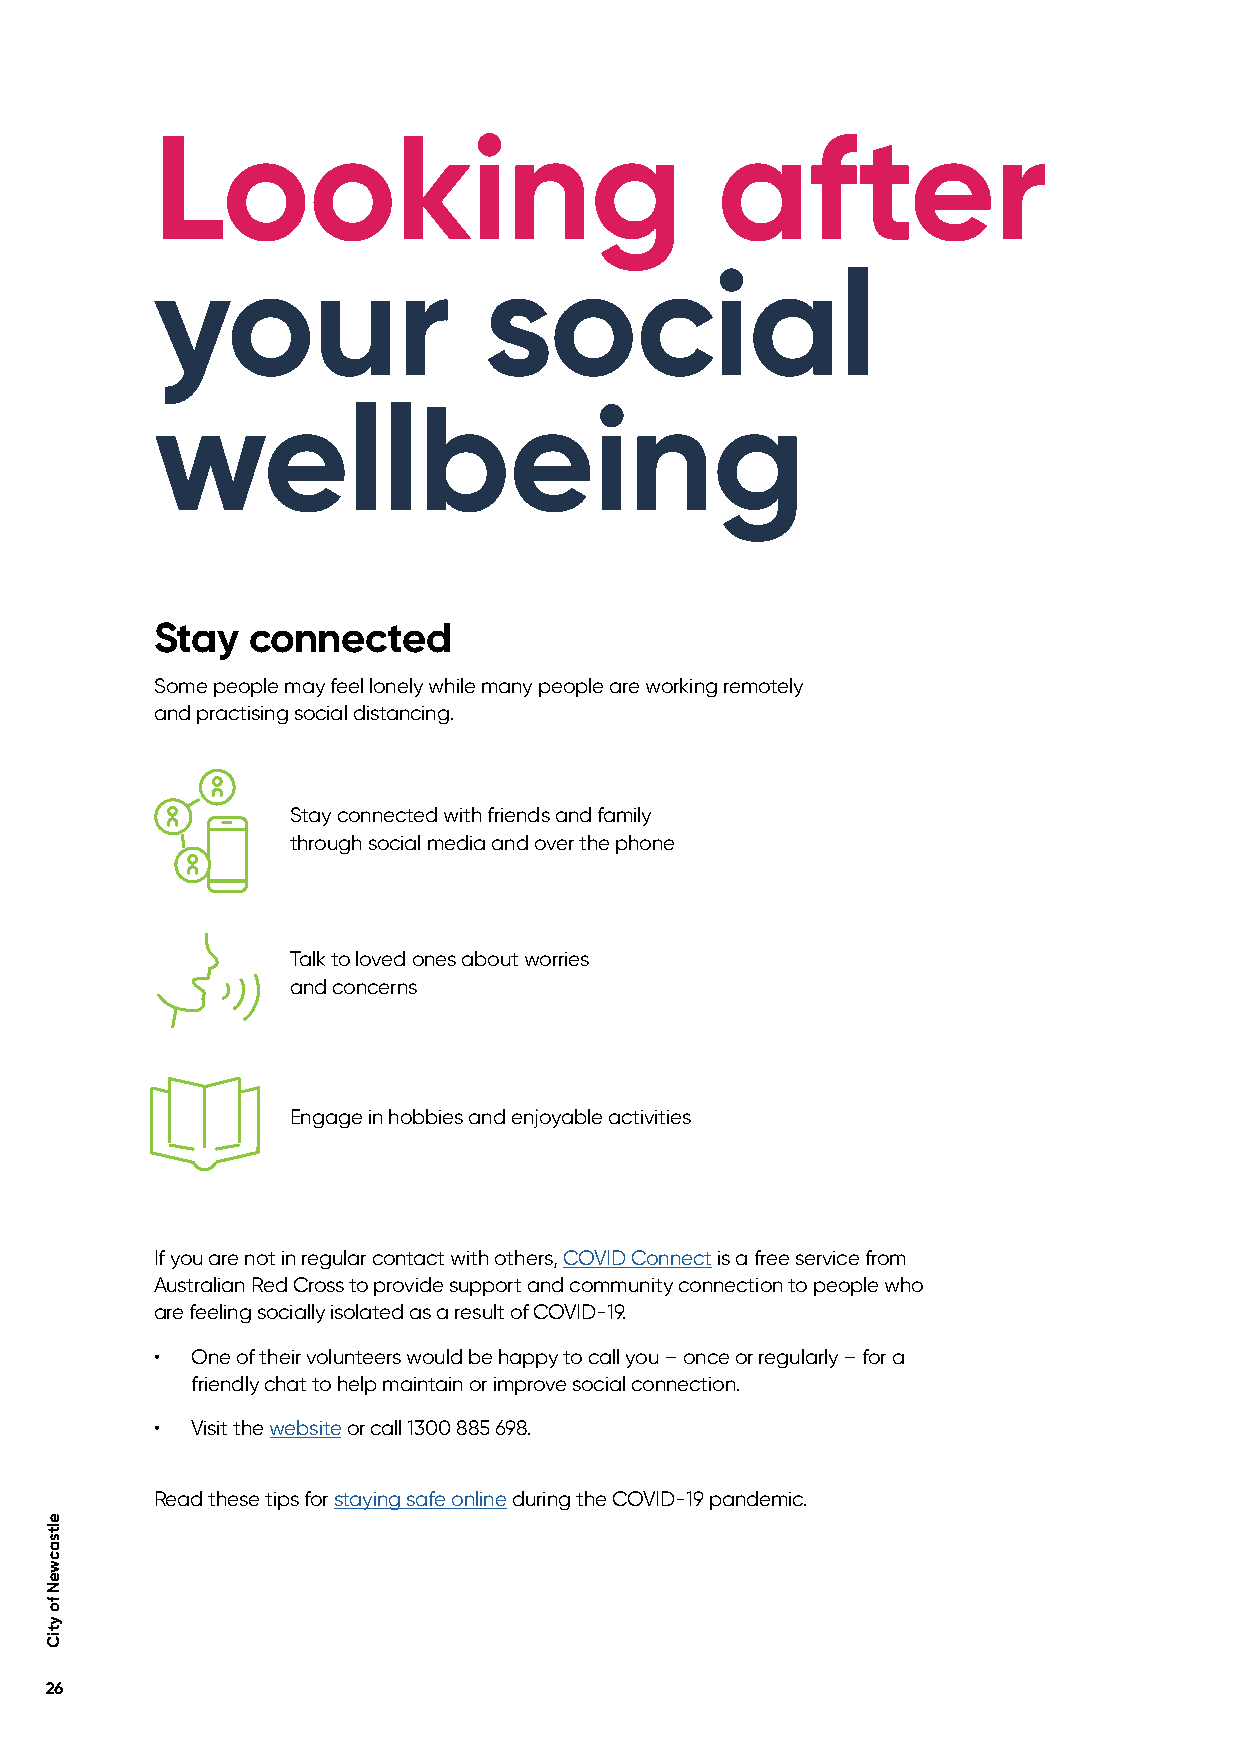
Looking                              after
 your                  social
 wellbeing
 Stay  connected
 Some people may feel lonely while many people are working remotely
 and practising social distancing.
 Stay connected with friends and family
 through social media and over the phone
 Talk to loved ones about worries
 and concerns
 Engage in hobbies and enjoyable activities
 If you are not in regular contact with others, COVID Connect is a free service from
 Australian Red Cross to provide support and community connection to people who
 are feeling socially isolated as a result of COVID-19.
 •  One of their volunteers would be happy to call you – once or regularly – for a
 friendly chat to help maintain or improve social connection.
 •  Visit the website or call 1300 885 698.
 Read these tips for staying safe online during the COVID-19 pandemic.
 26
 eltsacweN
 fo
 ytiC